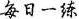
每日一练